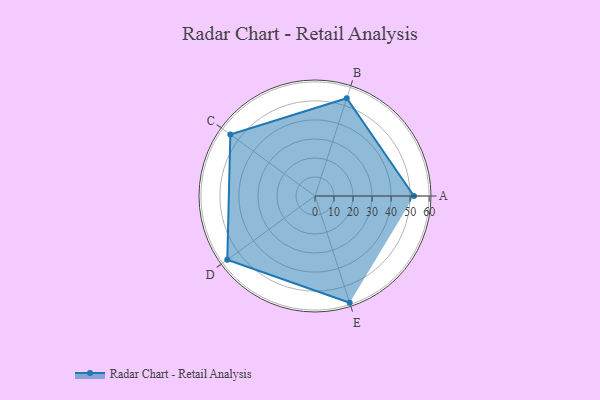
{"axis": {"x": "Skill", "y": "Score"}, "legend": ["Profile"], "data": [{"x": "A", "y": 52.0, "type": "Profile"}, {"x": "B", "y": 54.0, "type": "Profile"}, {"x": "C", "y": 55.0, "type": "Profile"}, {"x": "D", "y": 57.0, "type": "Profile"}, {"x": "E", "y": 59.0, "type": "Profile"}]}